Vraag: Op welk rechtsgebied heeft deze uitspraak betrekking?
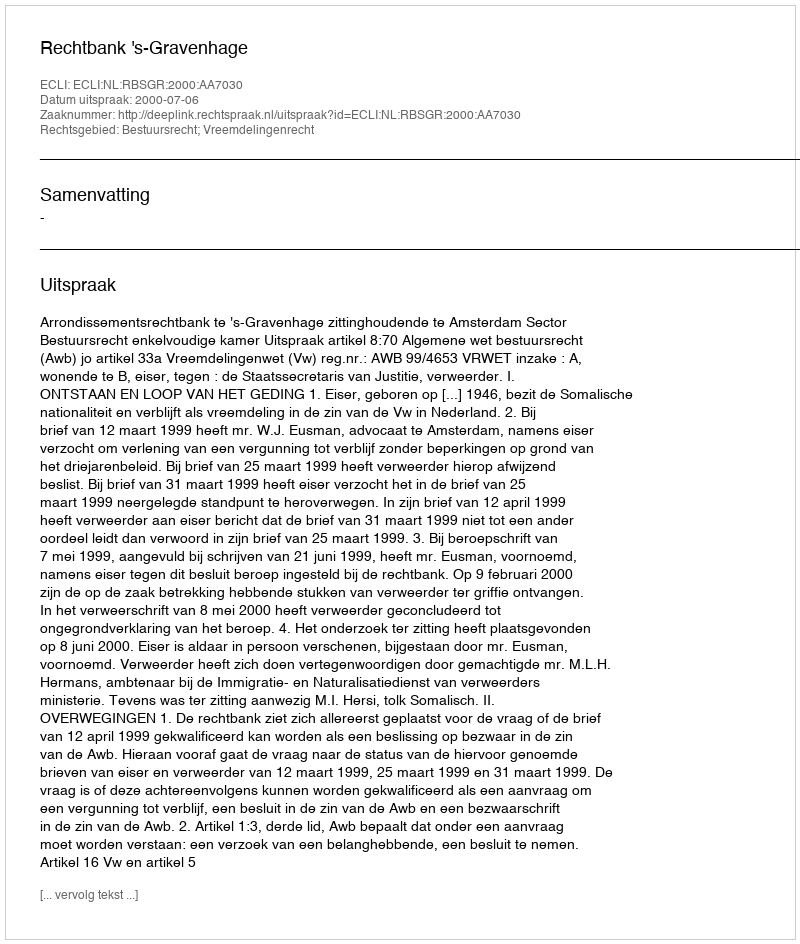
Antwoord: Bestuursrecht; Vreemdelingenrecht